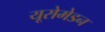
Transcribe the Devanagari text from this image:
यूरोमेडन